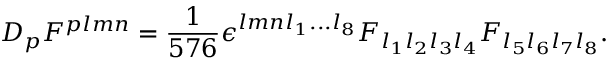
D _ { p } F ^ { p l m n } = { \frac { 1 } { 5 7 6 } } \epsilon ^ { l m n l _ { 1 } . . . l _ { 8 } } F _ { l _ { 1 } l _ { 2 } l _ { 3 } l _ { 4 } } F _ { l _ { 5 } l _ { 6 } l _ { 7 } l _ { 8 } } .